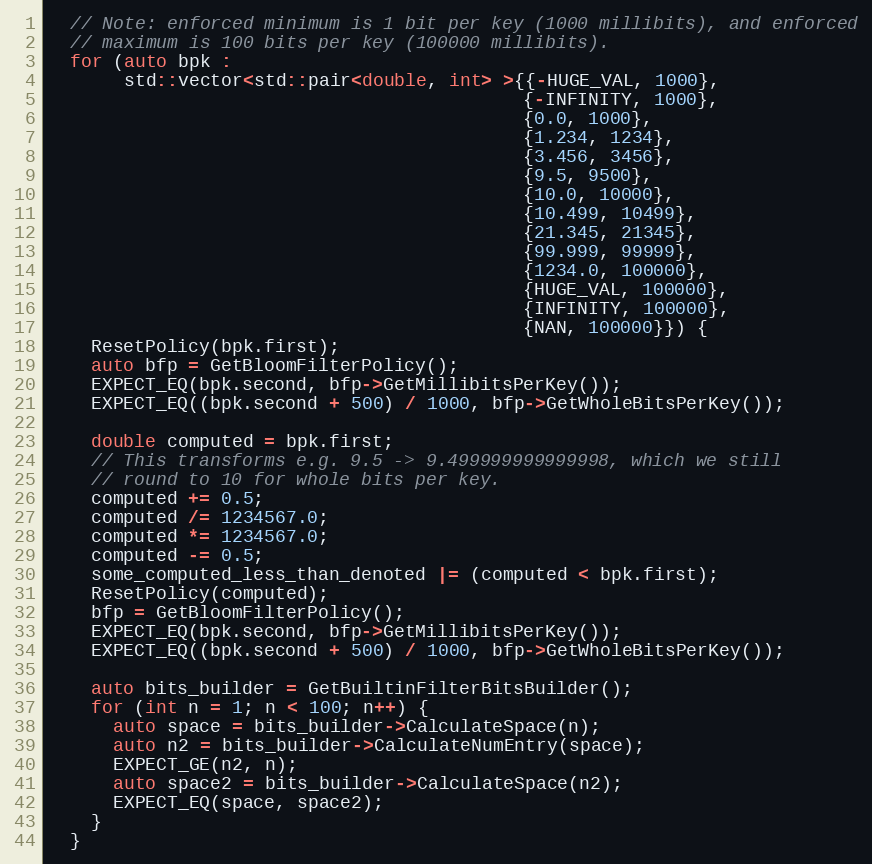
Language: C++
  // Note: enforced minimum is 1 bit per key (1000 millibits), and enforced
  // maximum is 100 bits per key (100000 millibits).
  for (auto bpk :
       std::vector<std::pair<double, int> >{{-HUGE_VAL, 1000},
                                            {-INFINITY, 1000},
                                            {0.0, 1000},
                                            {1.234, 1234},
                                            {3.456, 3456},
                                            {9.5, 9500},
                                            {10.0, 10000},
                                            {10.499, 10499},
                                            {21.345, 21345},
                                            {99.999, 99999},
                                            {1234.0, 100000},
                                            {HUGE_VAL, 100000},
                                            {INFINITY, 100000},
                                            {NAN, 100000}}) {
    ResetPolicy(bpk.first);
    auto bfp = GetBloomFilterPolicy();
    EXPECT_EQ(bpk.second, bfp->GetMillibitsPerKey());
    EXPECT_EQ((bpk.second + 500) / 1000, bfp->GetWholeBitsPerKey());

    double computed = bpk.first;
    // This transforms e.g. 9.5 -> 9.499999999999998, which we still
    // round to 10 for whole bits per key.
    computed += 0.5;
    computed /= 1234567.0;
    computed *= 1234567.0;
    computed -= 0.5;
    some_computed_less_than_denoted |= (computed < bpk.first);
    ResetPolicy(computed);
    bfp = GetBloomFilterPolicy();
    EXPECT_EQ(bpk.second, bfp->GetMillibitsPerKey());
    EXPECT_EQ((bpk.second + 500) / 1000, bfp->GetWholeBitsPerKey());

    auto bits_builder = GetBuiltinFilterBitsBuilder();
    for (int n = 1; n < 100; n++) {
      auto space = bits_builder->CalculateSpace(n);
      auto n2 = bits_builder->CalculateNumEntry(space);
      EXPECT_GE(n2, n);
      auto space2 = bits_builder->CalculateSpace(n2);
      EXPECT_EQ(space, space2);
    }
  }